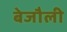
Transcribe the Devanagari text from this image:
बेजौली